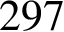
2 9 7